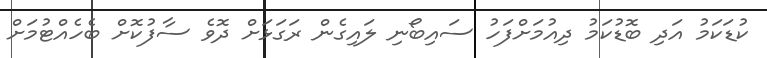
ކުޑަކަމު އަދި ބޮޑުކަމު ދިއުމަށްފަހު ސައިބޯނި ލައިގެން ރަގަޅަށް ދޮވެ ސާފުކޮށް ބެހެއްޓުމަށް